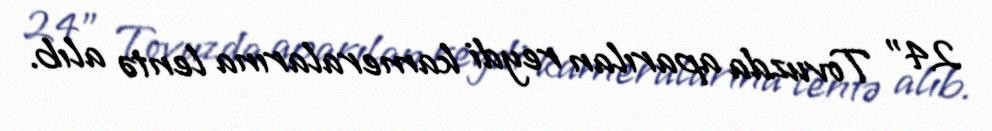
24” Tovuzda aparılan reydi kameralarına lentə alıb.